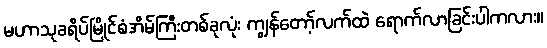
မဟာသုခရိပ်မြိုင်စံအိမ်ကြီးတစ်ခုလုံး ကျွန်တော့်လက်ထဲ ရောက်လာခြင်းပါကလား။